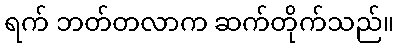
ရက် ဘတ်တလာက ဆက်တိုက်သည်။